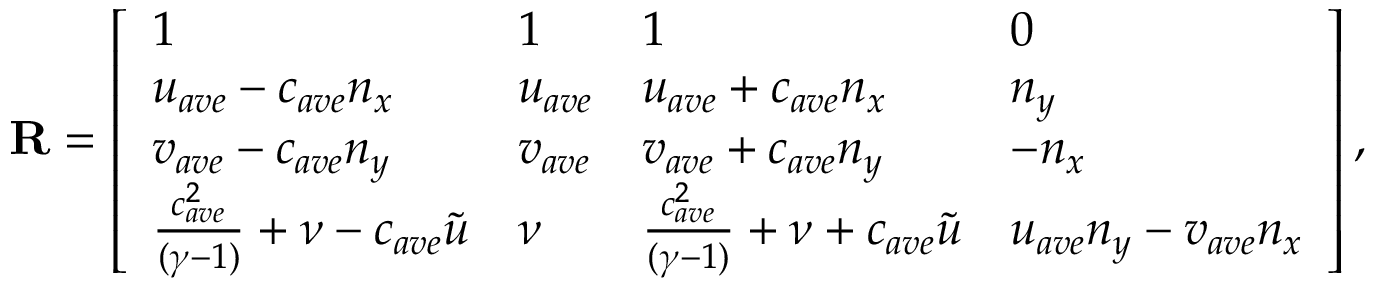
\mathbf { R } = \left[ \begin{array} { l l l l } { 1 } & { 1 } & { 1 } & { 0 } \\ { u _ { a v e } - c _ { a v e } n _ { x } } & { u _ { a v e } } & { u _ { a v e } + c _ { a v e } n _ { x } } & { n _ { y } } \\ { v _ { a v e } - c _ { a v e } n _ { y } } & { v _ { a v e } } & { v _ { a v e } + c _ { a v e } n _ { y } } & { - n _ { x } } \\ { \frac { c _ { a v e } ^ { 2 } } { ( \gamma - 1 ) } + \nu - c _ { a v e } \tilde { u } } & { \nu } & { \frac { c _ { a v e } ^ { 2 } } { ( \gamma - 1 ) } + \nu + c _ { a v e } \tilde { u } } & { u _ { a v e } n _ { y } - v _ { a v e } n _ { x } } \end{array} \right] ,